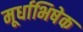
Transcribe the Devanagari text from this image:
मूर्धाभिषेक